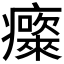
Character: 𱱮